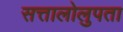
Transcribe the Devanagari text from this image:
सत्तालोलुपता